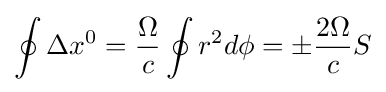
\oint \Delta x^{0}={\frac {\Omega }{c}}\oint r^{2}d\phi =\pm {\frac {2\Omega }{c}}S